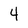
Character: 4